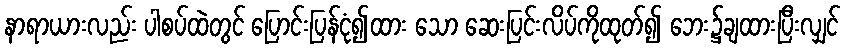
နာရာယားလည်း ပါစပ်ထဲတွင် ပြောင်းပြန်ငုံ၍ထား သော ဆေးပြင်းလိပ်ကိုထုတ်၍ ဘေး၌ချထားပြီးလျှင်